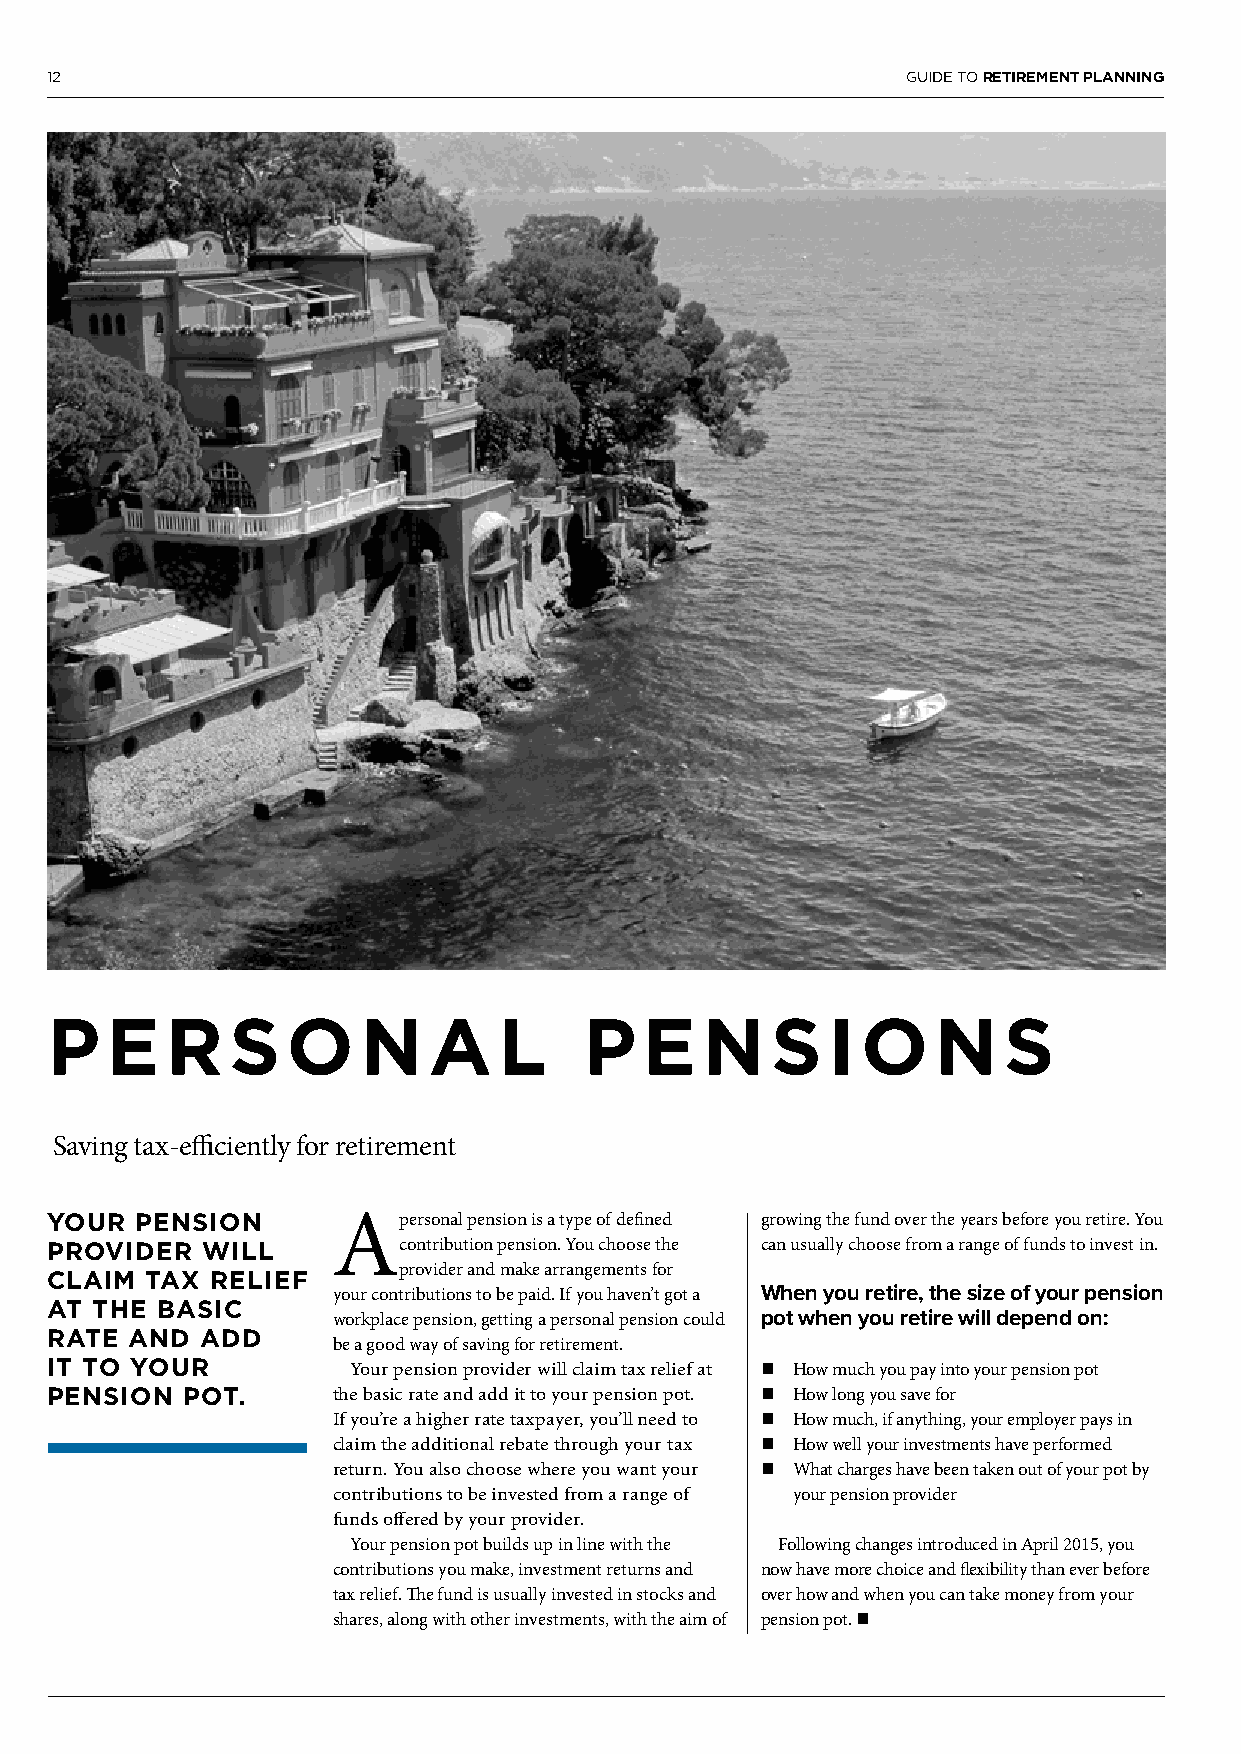
12                                                       GUIDE TO RETIREMENT PLANNING
 P   E   R   S   O    N   A    L     P   E  N    S   I O    N   S
 Saving tax-efficiently for retirement
 YOUR  PENSION      Ap   ersonal pension is a type of defined growing the fund over the years before you retire. You
 PROVIDER  WILL         contribution pension. You choose the can usually choose from a range of funds to invest in.
 CLAIM  TAX RELIEF      provider and make arrangements for
 your contributions to be paid. If you haven’t got a When you retire, the size of your pension
 AT THE BASIC
 workplace pension, getting a personal pension could pot when you retire will depend on:
 RATE  AND ADD
 be a good way of saving for retirement.
 IT TO YOUR          Your pension provider will claim tax relief at n How much you pay into your pension pot
 PENSION  POT.      the basic rate and add it to your pension pot. n How long you save for
 If you’re a higher rate taxpayer, you’ll need to n How much, if anything, your employer pays in
 claim the additional rebate through your tax n How well your investments have performed
 return. You also choose where you want your n What charges have been taken out of your pot by
 contributions to be invested from a range of your pension provider
 funds offered by your provider.
 Your pension pot builds up in line with the Following changes introduced in April 2015, you
 contributions you make, investment returns and now have more choice and flexibility than ever before
 tax relief. The fund is usually invested in stocks and over how and when you can take money from your
 shares, along with other investments, with the aim of pension pot. n